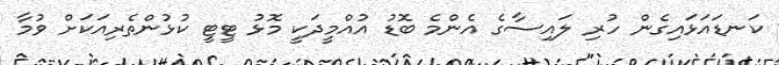
ކަނޑައަޅައިގެން ހުރި ލައިސާގެ އެންމެ ބޮޑު އުއްމީދަކީ މޮޅު ޓީޓީ ކުޅުންތެރިއަކަށް ވުމާ